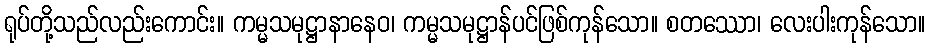
ရုပ်တို့သည်လည်းကောင်း။ ကမ္မသမုဋ္ဌာနာနေဝ၊ ကမ္မသမုဋ္ဌာန်ပင်ဖြစ်ကုန်သော။ စတဿော၊ လေးပါးကုန်သော။